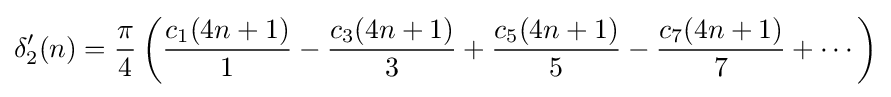
\delta '_{2}(n)={\frac {\pi }{4}}\left({\frac {c_{1}(4n+1)}{1}}-{\frac {c_{3}(4n+1)}{3}}+{\frac {c_{5}(4n+1)}{5}}-{\frac {c_{7}(4n+1)}{7}}+\cdots \right)